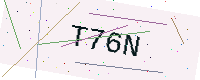
Text: T76N